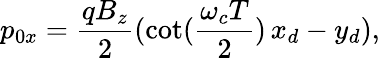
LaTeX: p_{0x}=\frac{qB_{z}}{2}(\cot(\frac{\omega_{c}T}{2})\, x_{d}-y_{d}),